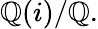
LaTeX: \mathbb{Q}(i)/\mathbb{Q}.